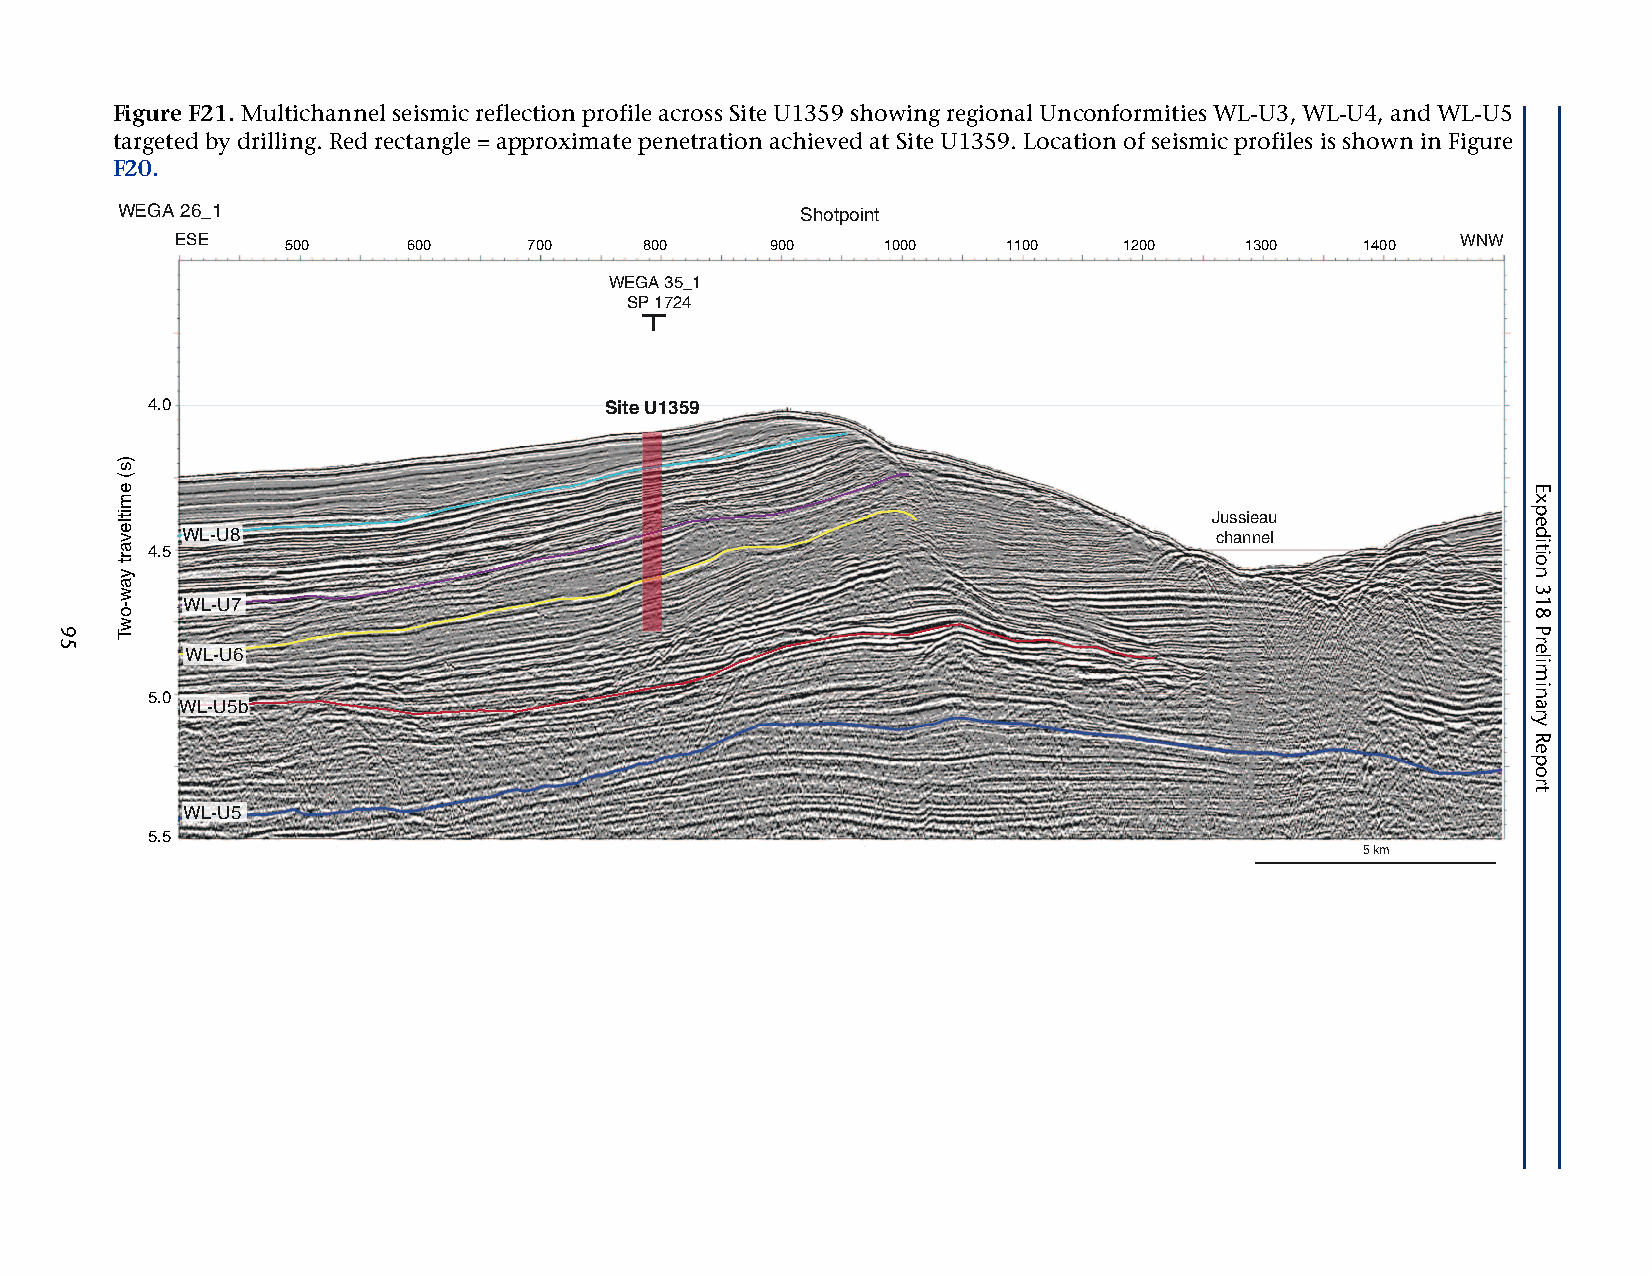
Figure F21. Multichannel seismic reflection profile across Site U1359 showing regional Unconformities WL-U3, WL-U4, and WL-U5
 targeted by drilling. Red rectangle = approximate penetration achieved at Site U1359. Location of seismic profiles is shown in Figure
 F20.
 WEGA 26_1                                    Shotpoint
 ESE    500     600     700     800     900    1000     1100   1200    1300    1400   WNW
 WEGA 35_1
 SP 1724
 4.0                           Site U1359
 Jussieau
 WL-U8                                                               channel
 4.5
 WL-U7
 WL-U6
 5.0
 WL-U5b
 WL-U5
 5.5
 5 km
 95
 )s(
 emitlevart
 yaw-owT
 Expedition
 318
 Preliminary
 Report